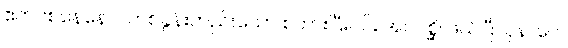
ဧကဝစနေနေဝ၊ တစ်ခွန်းတည်းသော စကားပြီးပင်။ အပဂစ္ဆိ၊ ဖယ်ပြီ။ ပုန၊ ပေ။